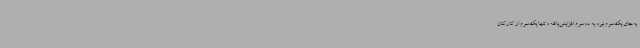
به‌جای یک‌سوم نیرو به دوسوم افزایش‌یافته و تنها یک‌سوم از کارکنان